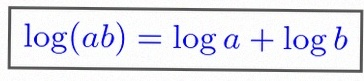
\log(ab)=\log a+\log b